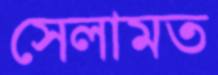
সেলামত